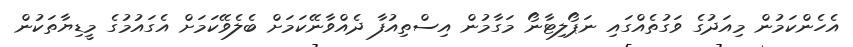
އެހެންކަމުން މިއަދުގެ ވަގުތެއްގައި ނަޕޯލިޓާނޯ މަގާމުން އިސްތިއުފާ ދެއްވާނޭކަމަށް ބެލެވޭކަމަށް އެގައުމުގެ މީޑިޔާތަކުން